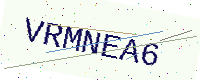
Text: VRMNEA6